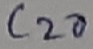
Text: C20